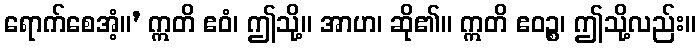
ရောက်စေအံ့။’ ဣတိ ဧဝံ၊ ဤသို့။ အာဟ၊ ဆို၏။ ဣတိ ဧဝဉ္စ၊ ဤသို့လည်း။